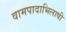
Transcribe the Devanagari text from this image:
वामपादाभिलाषी